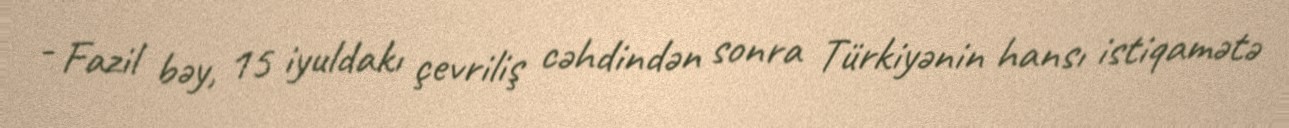
- Fazil bəy, 15 iyuldakı çevriliş cəhdindən sonra Türkiyənin hansı istiqamətə